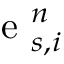
\mathrm { ~ e ~ } _ { s , i } ^ { n }